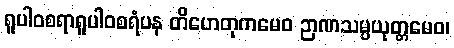
ရူပါဝစရာရူပါဝစရံပန တိဟေတုကမေဝ ဉာဏသမ္ပယုတ္တမေဝ၊